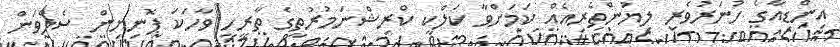
އިންޑިއާގެ ހުނަރުވެރި ލިޔުންތެރިއެއް ކަމަށްވާ ކަލްކީ ކްރިޝްނަމުރުތީގެ ތާރީހީ ވާހަކަ ޕޮނިޔިން ސެލްވަން